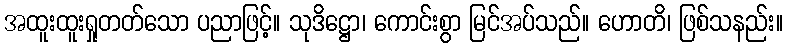
အထူးထူးရှုတတ်သော ပညာဖြင့်။ သုဒိဋ္ဌော၊ ကောင်းစွာ မြင်အပ်သည်။ ဟောတိ၊ ဖြစ်သနည်း။